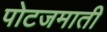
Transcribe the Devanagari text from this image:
पोटजमाती